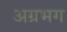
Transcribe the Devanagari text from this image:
अग्रभग